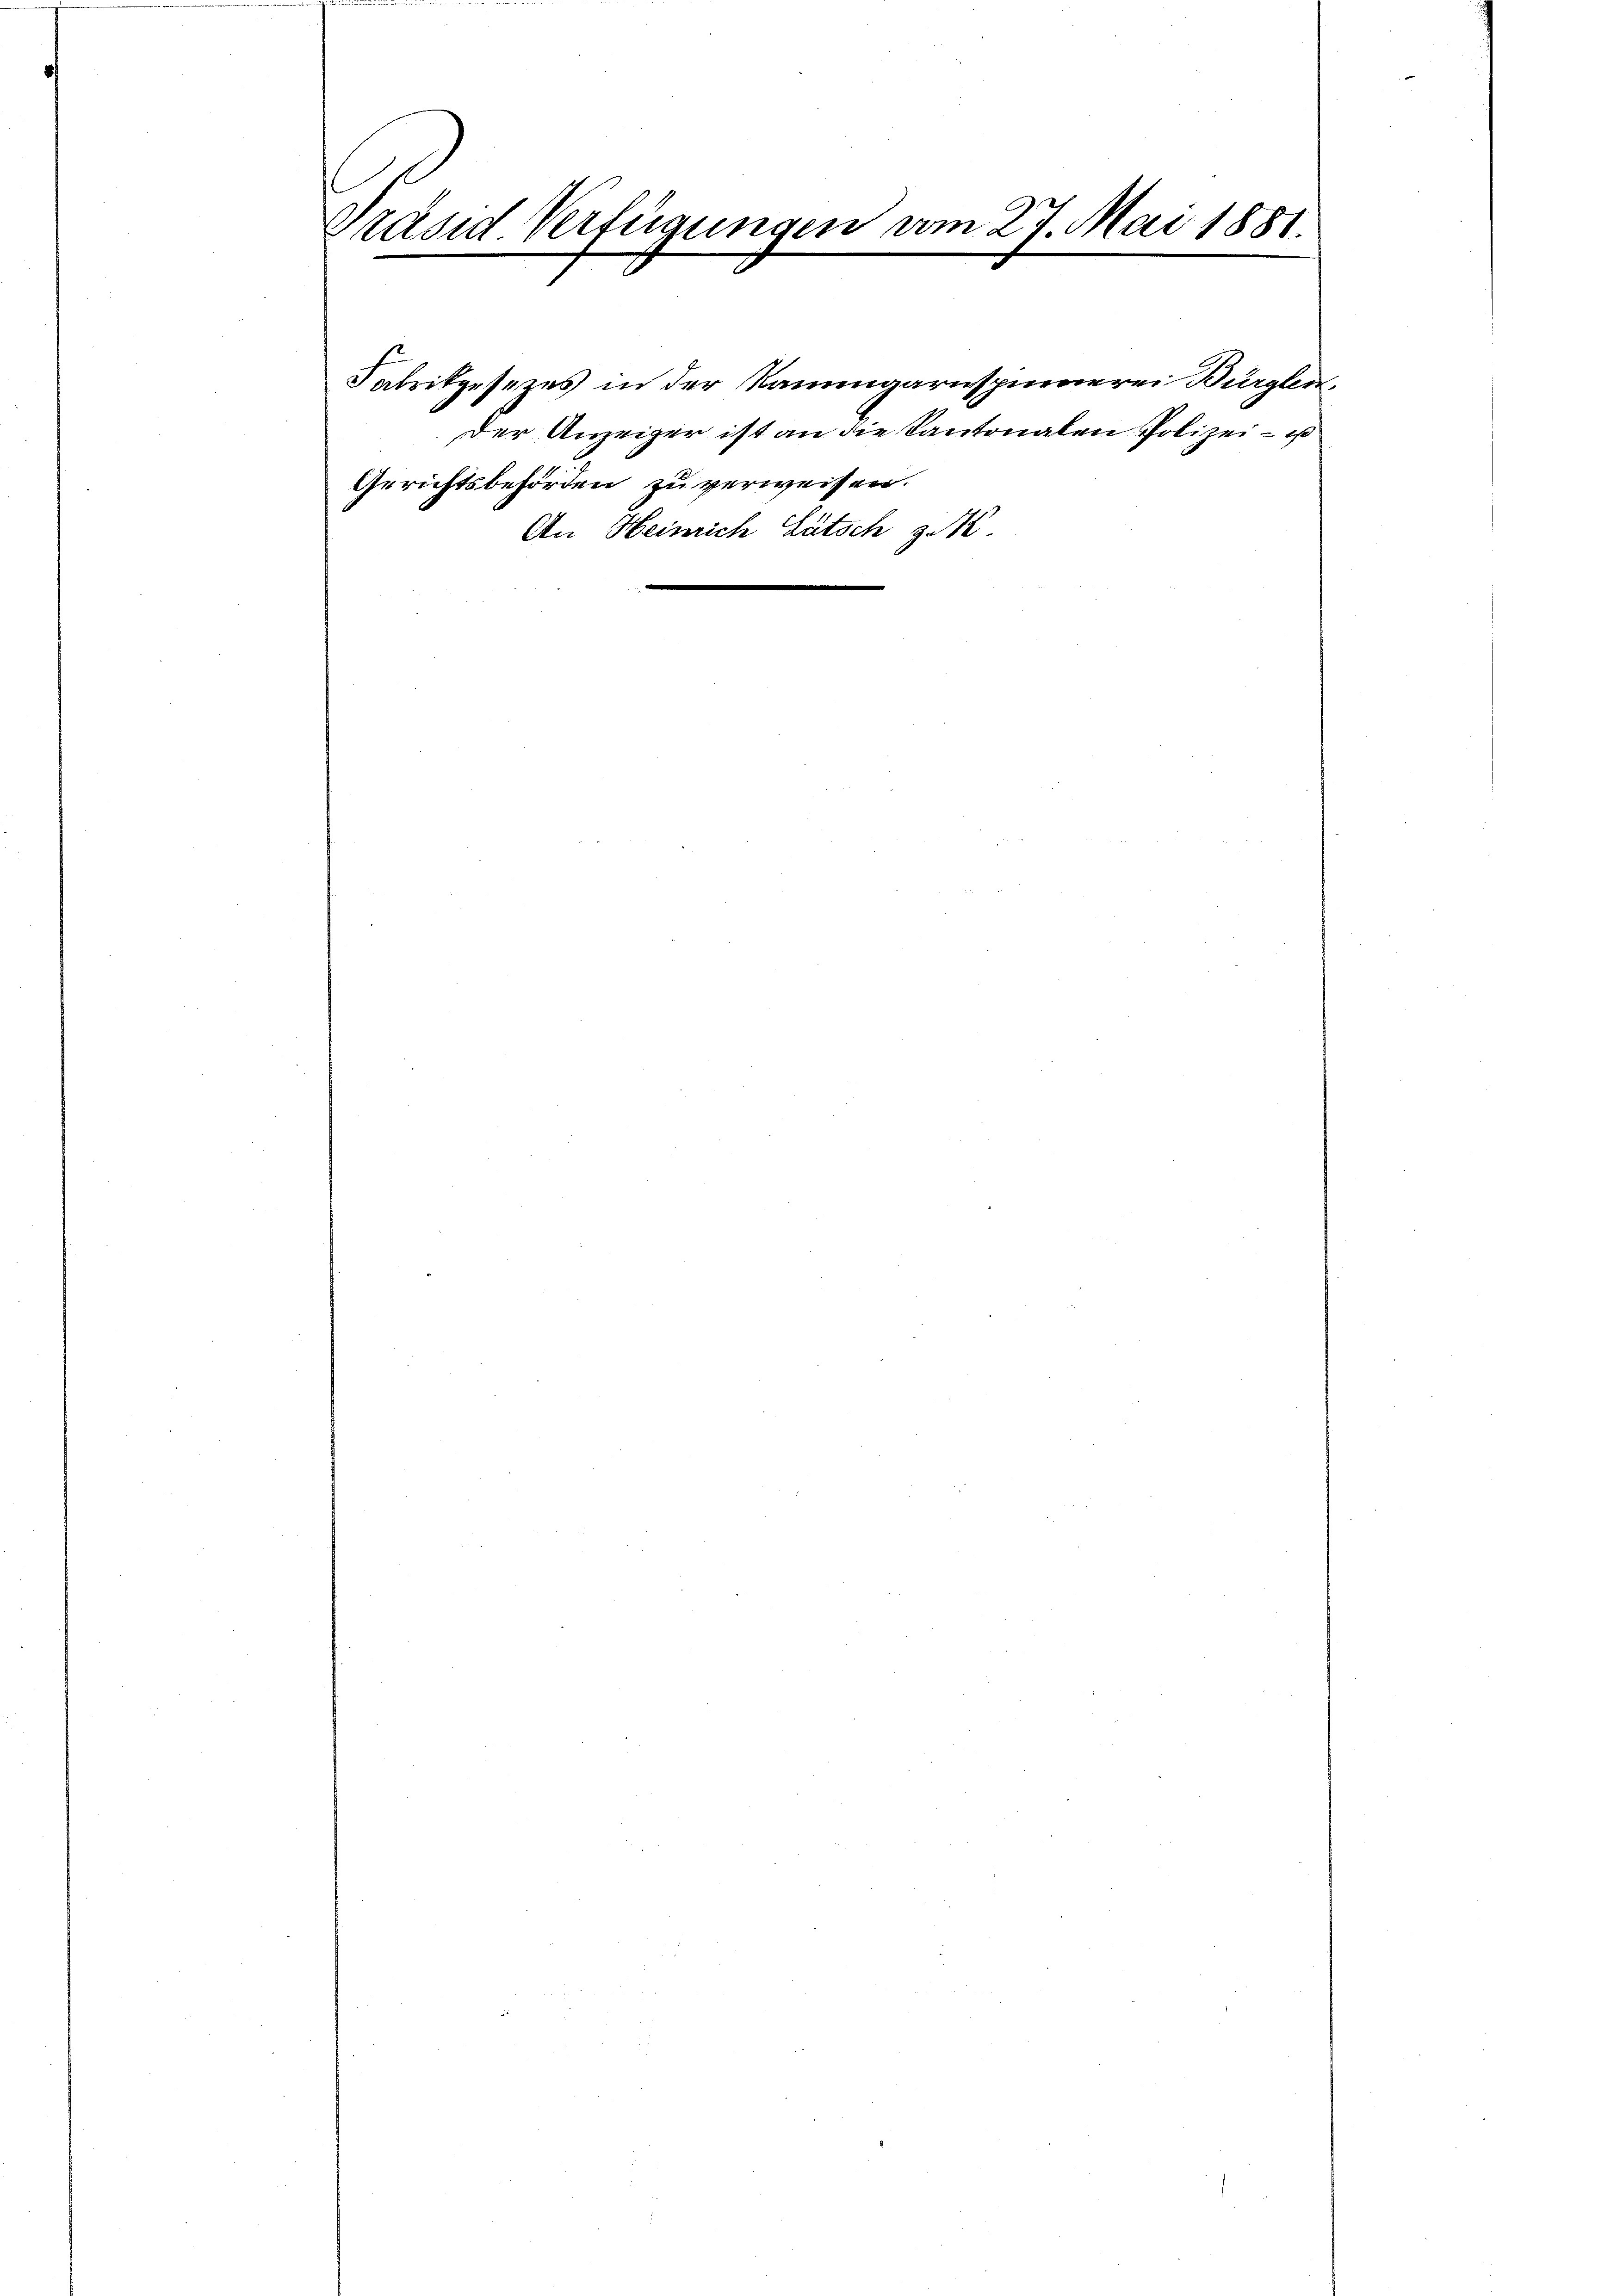
Präsid. Verfügungen vom 27. Mai 1881.

Gerichtsbehörden zu verweisen.

Fabrikgesezes in der Namengarnspinnerei Bürglen
der Anzeiger ist an die Kantonalen Polizei – ist
An Heinrich Lütsch z.
m